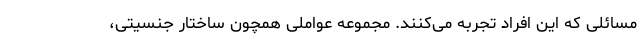
مسائلی که این افراد تجربه می‌کنند. مجموعه عواملی همچون ساختار جنسیتی،